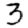
Digit: 3